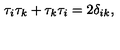
\tau _ { i } \tau _ { k } + \tau _ { k } \tau _ { i } = 2 \delta _ { i k } ,